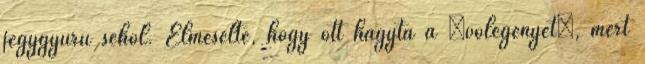
jegygyűrű sehol. Elmesélte, hogy ott hagyta a „vőlegényét”, mert